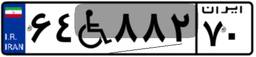
۶۴W۸۸۲۷۰